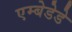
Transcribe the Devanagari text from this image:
एम्बेडेडे